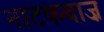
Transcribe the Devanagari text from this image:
नाटकबाज़